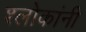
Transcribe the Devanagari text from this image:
श्लोकांनी